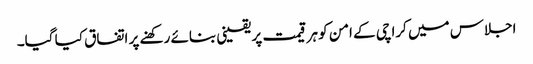
اجلاس میں کراچی کے امن کو ہر قیمت پر یقینی بنائے رکھنے پر اتفاق کیا گیا۔